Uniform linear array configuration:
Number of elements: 4
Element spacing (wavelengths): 0.5
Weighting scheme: hann
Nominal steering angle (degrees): -60
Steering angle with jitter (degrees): -61.164
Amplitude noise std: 0.05
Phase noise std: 0.05

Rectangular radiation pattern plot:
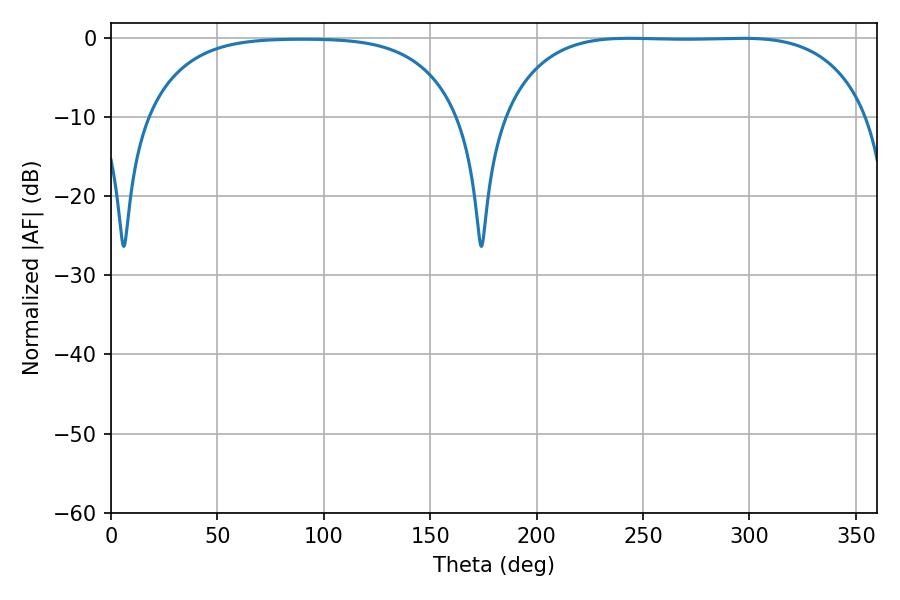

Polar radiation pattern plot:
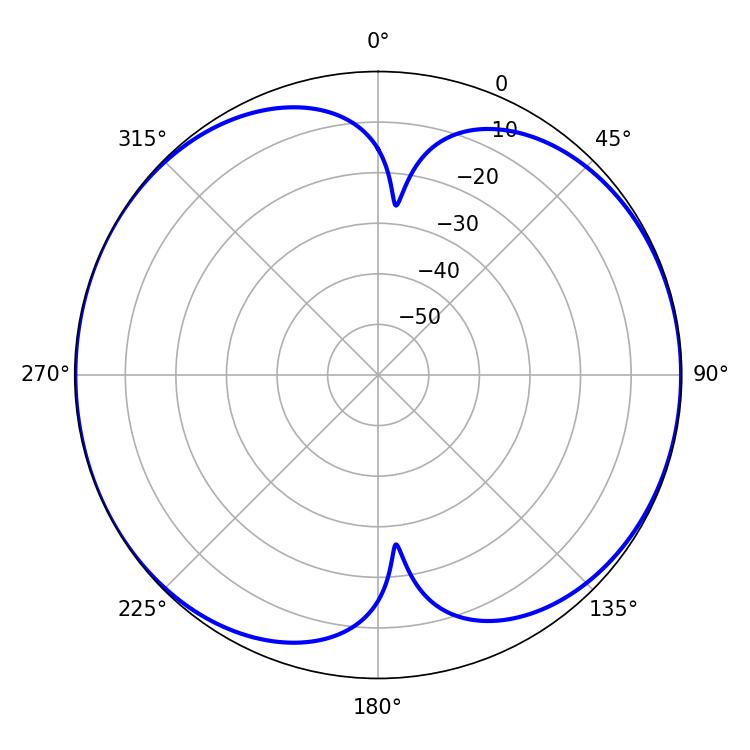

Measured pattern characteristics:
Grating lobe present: FALSE
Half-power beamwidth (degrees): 133.2
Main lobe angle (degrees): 243.54